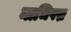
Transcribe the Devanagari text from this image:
नाभिपद्म